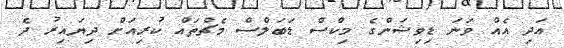
އަދި އެއް ވަނަ ޑިވިޝަންގެ މިކްސް ޑަބަލްސް މެޗްތައް ކުރިއަށް ދިޔައިރު ދެ